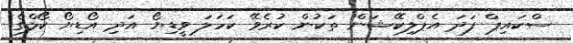
ސްކައިޕް ފަދަ އެޕްލިކޭޝަން ތަކުން ކުރެވޭ ކަހަލަ ވީޑިޔޯ އަދި އޯޑިޔޯ ކޯލްގެ